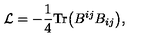
{ \cal L } = - \frac { 1 } { 4 } \mathrm { T r } \bigl ( B ^ { i j } B _ { i j } \bigr ) ,